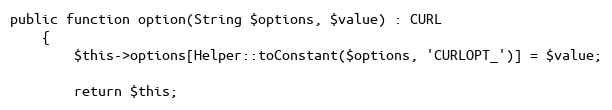
Language: PHP
public function option(String $options, $value) : CURL
    {
        $this->options[Helper::toConstant($options, 'CURLOPT_')] = $value;

        return $this;